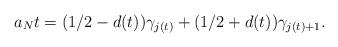
LaTeX: \begin{align*}a_Nt = (1/2 - d(t))\gamma_{j(t)} + (1/2 + d(t))\gamma_{j(t)+1}.\end{align*}